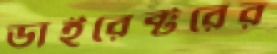
ডাইরেক্টরের